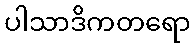
ပါသာဒိကတရော